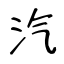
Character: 汽